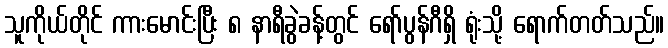
သူကိုယ်တိုင် ကားမောင်းပြီး ၈ နာရီခွဲခန့်တွင် ရော်ပွန်ဂီရှိ ရုံးသို့ ရောက်တတ်သည်။